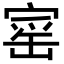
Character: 𡩴